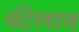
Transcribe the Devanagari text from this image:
मॅटेलाच